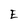
Character: E